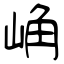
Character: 崅